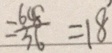
= \frac { 6 4 8 } { 3 6 } = 1 8